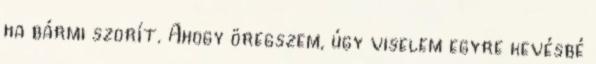
ha bármi szorít. Ahogy öregszem, úgy viselem egyre kevésbé